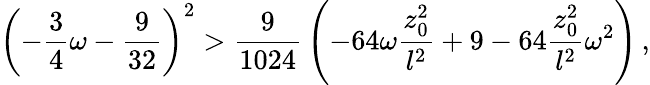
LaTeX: \left(-{\frac{3}{4}}\omega-{\frac{9}{32}}\right)^{2}>{\frac{9}{1024}}\left(-64\omega{\frac{z_{0}^{2}}{l^{2}}}+9-64{\frac{z_{0}^{2}}{l^{2}}}\omega^{2}\right)\, ,